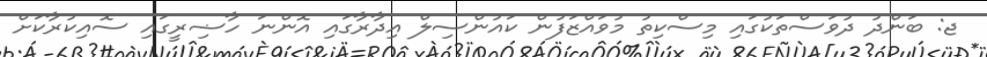
ޖ: ބަންދު ދުވަސްތަކުގައި މިސްކިތު މުވައްޒަފުން ކައުންސިލް އިދާރާގައި އޮންނަ ހާޟިރީގައި ސޮއިކުރާކަށް